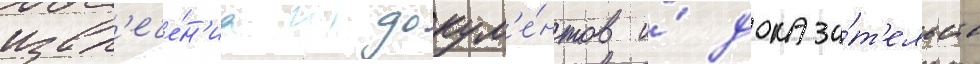
извл'ече́н'иа докум'е́нтов и́ доказа́т'ельств